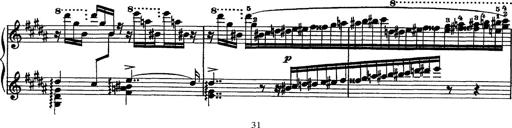
Title: Piano Sonata
Composer: Karl HÃ¤ssler
Key: C major